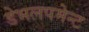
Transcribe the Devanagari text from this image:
डेभलपमेन्ट